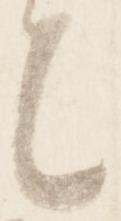
々